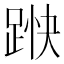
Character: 𮛞